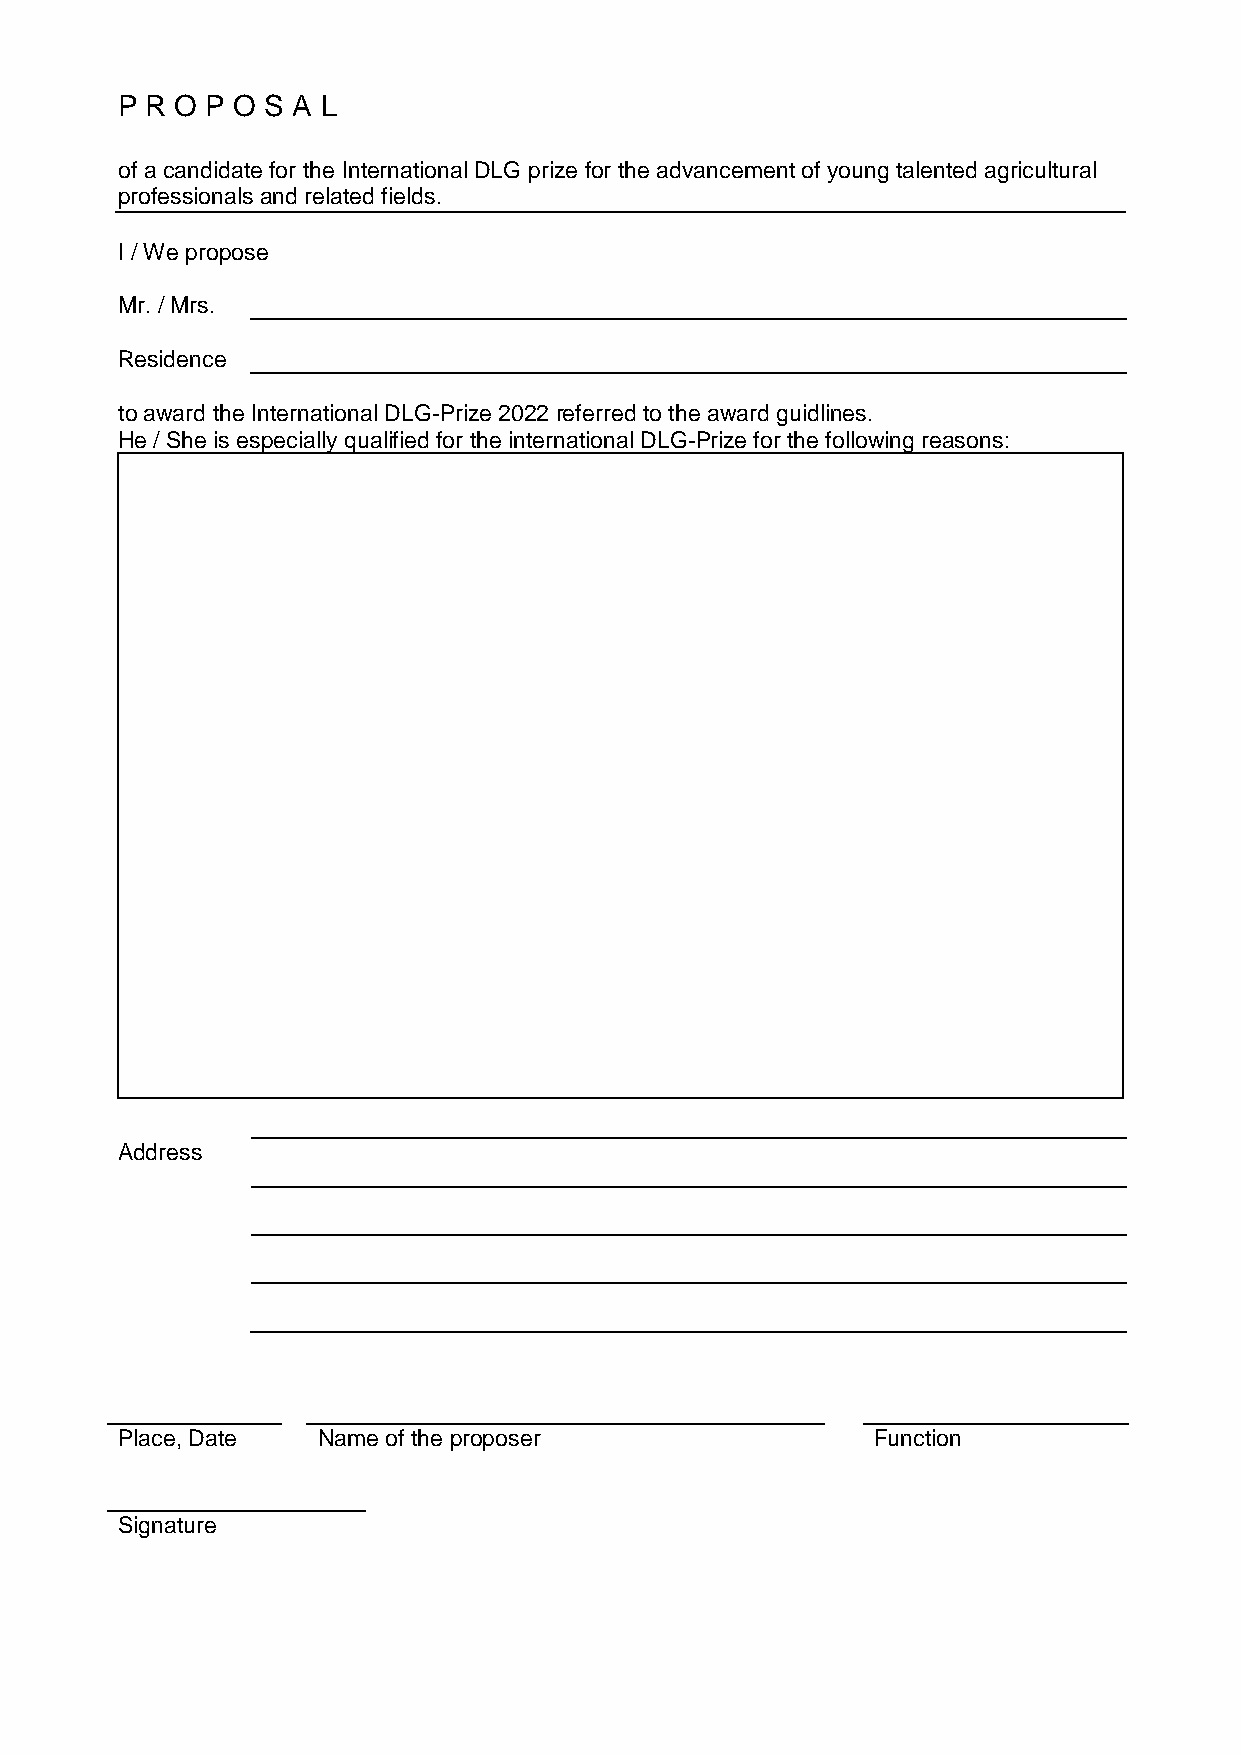
P R O P O S A L
 of a candidate for the International DLG prize for the advancement of young talented agricultural
 professionals and related fields.
 I / We propose
 Mr. / Mrs.
 Residence
 to award the International DLG-Prize 2022 referred to the award guidlines.
 He / She is especially qualified for the international DLG-Prize for the following reasons:
 Address
 Place, Date  Name of the proposer                 Function
 Signature